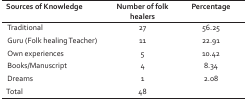
<table><thead><tr><td><b>Sources of Knowledge</b></td><td><b>Number of folk healers</b></td><td><b>Percentage</b></td></tr></thead><tbody><tr><td>Traditional</td><td>27</td><td>56.25</td></tr><tr><td>Guru (Folk healing Teacher)</td><td>11</td><td>22.91</td></tr><tr><td>Own experiences</td><td>5</td><td>10.42</td></tr><tr><td>Books/Manuscript</td><td>4</td><td>8.34</td></tr><tr><td>Dreams</td><td>1</td><td>2.08</td></tr><tr><td>Total</td><td>48</td><td></td></tr></tbody></table>